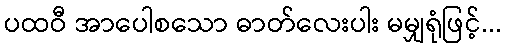
ပထဝီ အာပေါစသော ဓာတ်လေးပါး မမျှရုံဖြင့်...